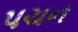
પચન